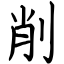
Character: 削